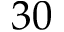
3 0